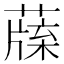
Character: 𦺯